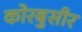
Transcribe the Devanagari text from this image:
कोरबुसीर